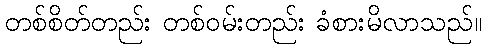
တစ်စိတ်တည်း တစ်ဝမ်းတည်း ခံစားမိလာသည်။